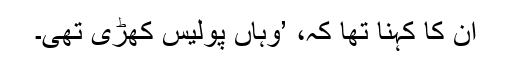
اُن کا کہنا تھا کہ، ’وہاں پولیس کھڑی تھی۔